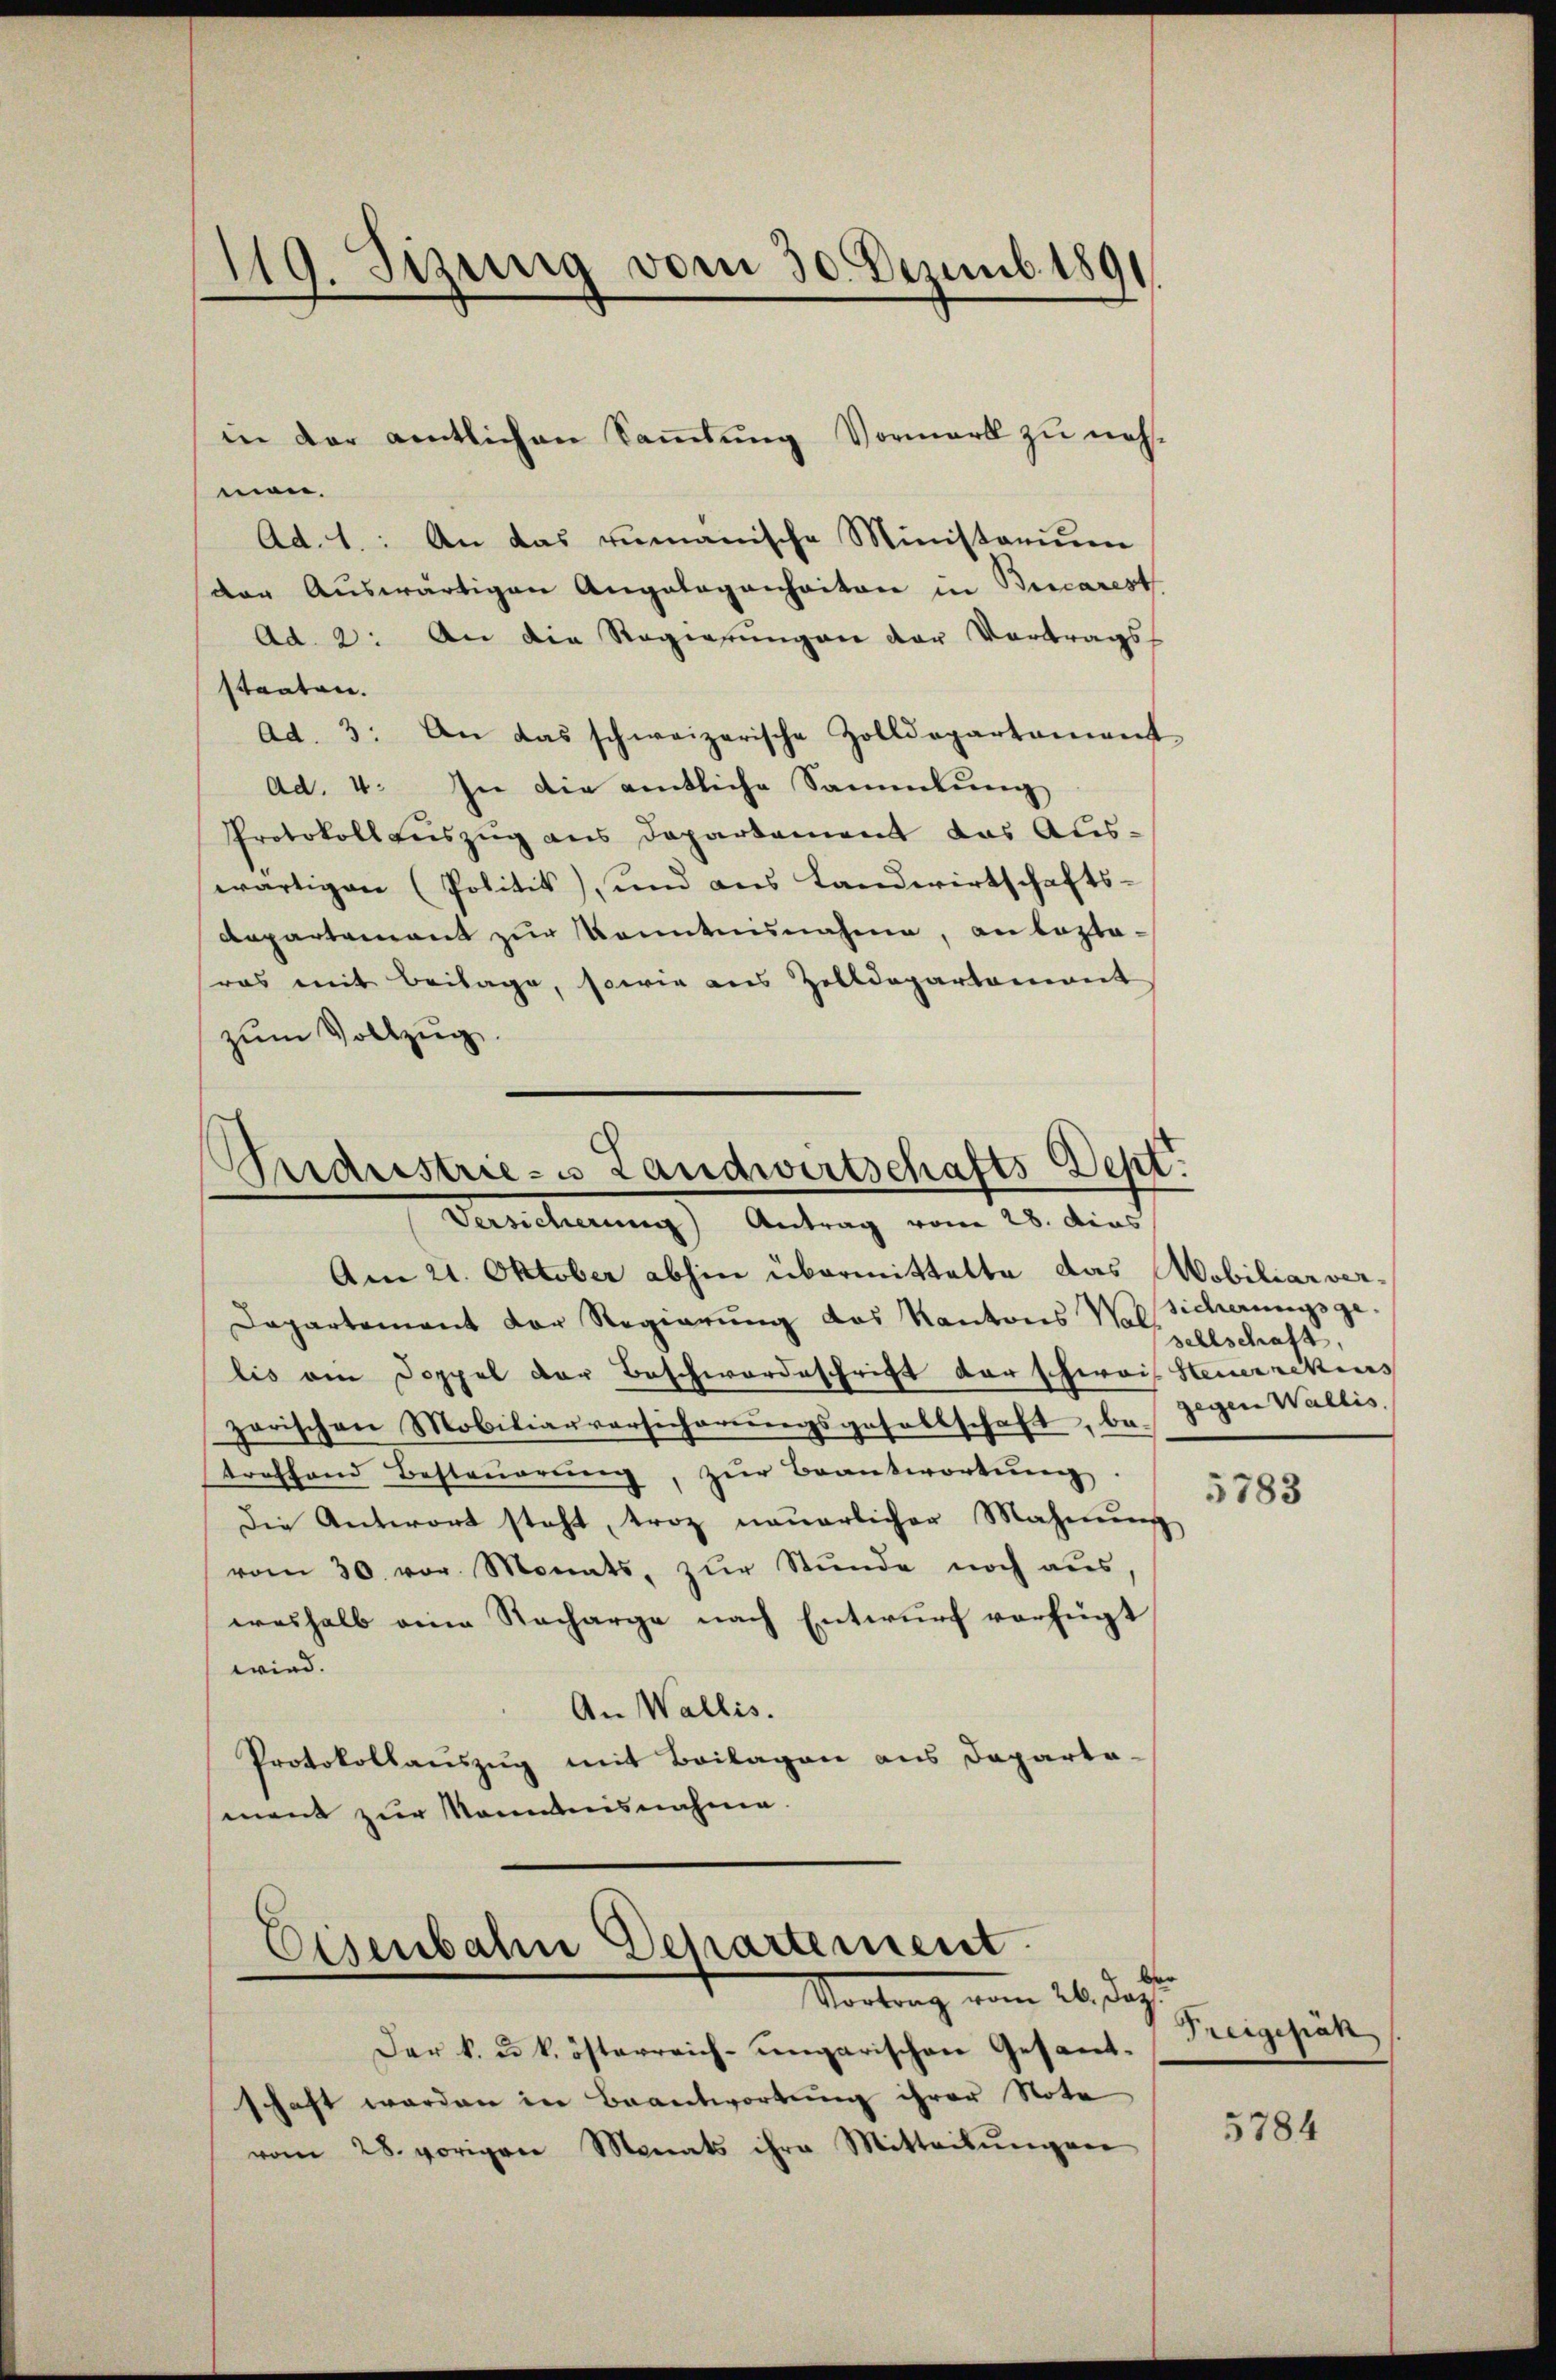
119. Sizung vom 30. Dezemb. 1891

men.
Ad. 1.: An das zumanische Ministorium
(der Auswärtigen Angelegenheiten in Bicarest
Ad 2: An die Regierŭngen der Vortrags-
staaten.
ad. 3. An das schweizerische Zolldepartement
Ad. 4. In die amtliche Sammlung
Protokoll auszug aus Departement das Auswärtigen (Politik), und aus Landwirtschafts-
departement zur Kenntnisnahme, anlastasras mit Beilage, sowie aus Zolldepartamant
zŭm Vollzug.

in der amtlichen Sammlung Vormark zu neh¬

Ordrestrie- u Landwirtschafts-Dept.
Versicherung Antrag vom 28. dies

Am 21. Oktober abhin übermittelte das Mobiliarver-
Departement der Regierŭng das Kantons Was sicherungsge-
lis am Doppel der Beschwordeschrift der schwais Steuerretius
zarischen Mobiliarversicherungsgesellschaft, betreffend Besteŭerŭng, zŭr Beantwortung.
die Antwort steht, troz neuerlicher Mahnŭng
vom 30. vor. Monats, zur Stunde noch aus,
weshalb eine Recharge nach Entwurf verfügt
wird.
An Wallis.
Protokollauszug mit Beilagen aus Departa-
ment zur Nommnisnahme.

Eisenbahn Departement.
Vortrag vom 26. Jah

Der k. u. k. österreich-ungarischen Gesandschaft werden in Beantwortung ihrer Note
vom 28. vorigere Monats ihre Mitteilŭngen

sellschaft,
gegen Wallis.

5783

Freigepäh

5784